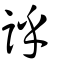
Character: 𧦝